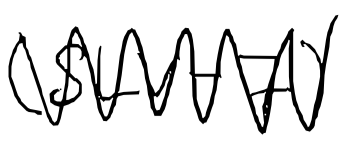
Text: (SLV-7)
Cross-out: zig-zag
Writing tool: digital_black